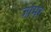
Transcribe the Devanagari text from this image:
जोमर